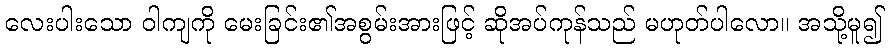
လေးပါးသော ဝါကျကို မေးခြင်း၏အစွမ်းအားဖြင့် ဆိုအပ်ကုန်သည် မဟုတ်ပါလော။ အသို့မူ၍